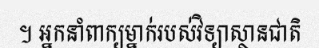
។ អ្នកនាំពាក្យម្នាក់របស់វិទ្យាស្ថានជាតិ